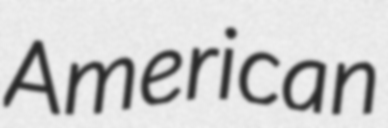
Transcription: American